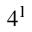
4 ^ { 1 }